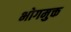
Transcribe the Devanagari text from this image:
भोगमुक्त